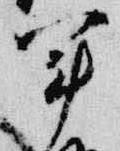
軍